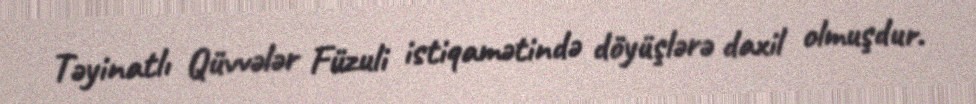
Təyinatlı Qüvvələr Füzuli istiqamətində döyüşlərə daxil olmuşdur.